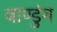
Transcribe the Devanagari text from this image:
बाण्डुंग